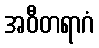
အဝီတရာဂံ